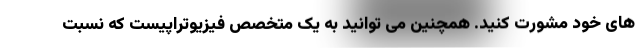
های خود مشورت کنید. همچنین می توانید به یک متخصص فیزیوتراپیست که نسبت